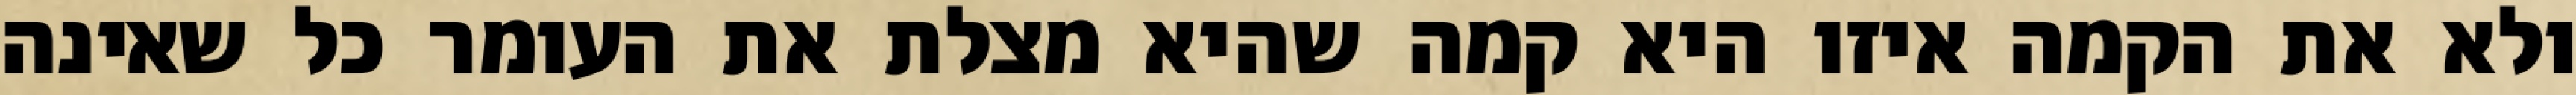
ולא את הקמה איזו היא קמה שהיא מצלת את העומר כל שאינה